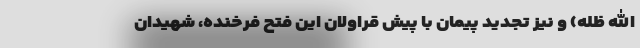
الله ظله) و نیز تجدید پیمان با پیش قراولان این فتح فرخنده، شهیدان